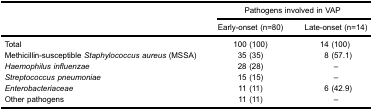
<table><thead><tr><td rowspan="2"></td><td colspan="2"><b>Pathogens involved in VAP</b></td></tr><tr><td><b>Early-onset (n=80)</b></td><td><b>Late-onset (n=14)</b></td></tr></thead><tbody><tr><td>Total</td><td>100 (100)</td><td>14 (100)</td></tr><tr><td>Methicillin-susceptible <i>Staphylococcusaureus</i> (MSSA)</td><td>35 (35)</td><td>8 (57.1)</td></tr><tr><td><i>Haemophilus influenzae</i></td><td>28 (28)</td><td>–</td></tr><tr><td><i>Streptococcus pneumoniae</i></td><td>15 (15)</td><td>–</td></tr><tr><td><i>Enterobacteriaceae</i></td><td>11 (11)</td><td>6 (42.9)</td></tr><tr><td>Other pathogens</td><td>11 (11)</td><td>–</td></tr></tbody></table>